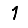
Digit: 1